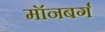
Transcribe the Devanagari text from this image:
मॉनबर्ग